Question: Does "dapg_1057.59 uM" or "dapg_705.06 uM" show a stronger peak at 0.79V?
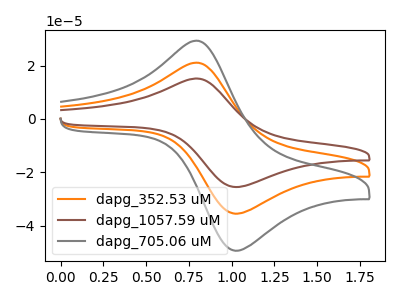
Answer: <think>The orange curve "dapg_352.53 uM" has an anodic peak at (0.80V, 21.10uA) and a cathodic peak at (1.00V, -35.50uA). The brown curve "dapg_1057.59 uM" has an anodic peak at (0.80V, 42.15uA) and a cathodic peak at (1.00V, -71.00uA). The gray curve "dapg_705.06 uM" has an anodic peak at (0.80V, 29.35uA) and a cathodic peak at (1.00V, -49.40uA).</think>
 <answer>The peak at 0.79V is higher in "dapg_1057.59 uM" than in "dapg_705.06 uM".</answer>
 <eval>higher</eval>